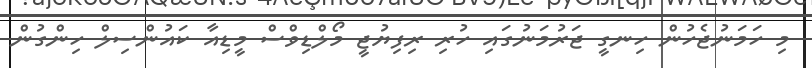
މި ހަމަނުޖެހުން ހިނގީ ޖަރުމަނުގައި ހުރި ރިފިޔުޖީ މޯލްޑިވްސް މީޑިއާ ކައުންސިލް ހިންގުން